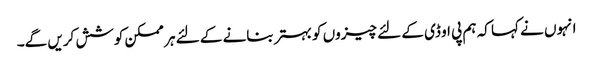
انہوں نے کہا کہ ہم پی او ڈی کے لئے چیزوں کو بہتر بنانے کے لئے ہر ممکن کوشش کریں گے۔